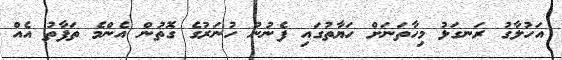
އަހުލާގު ރަނގަޅު މިހާތަނަށް ހަޔާތުގައި ފެނުނު ހުނަރުގެ ގޮތުން އެންމެ ތަފާތު އެއް